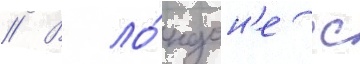
// В ло́ндон'е с